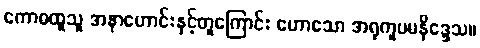
ကောဓထူသူ အနာဟောင်းနှင့်တူကြောင်း ဟောသော အရုကူပမနိဒ္ဒေသ။